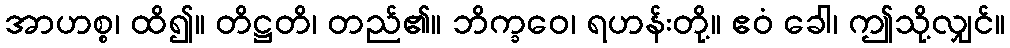
အာဟစ္စ၊ ထိ၍။ တိဋ္ဌတိ၊ တည်၏။ ဘိက္ခဝေ၊ ရဟန်းတို့။ ဧဝံ ခေါ၊ ဤသို့လျှင်။